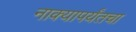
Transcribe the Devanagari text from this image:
नाक्‍यापर्यंतचा